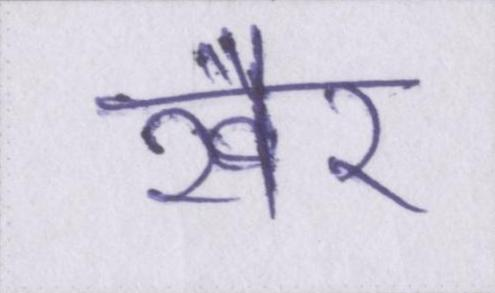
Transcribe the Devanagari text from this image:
ख़ैर